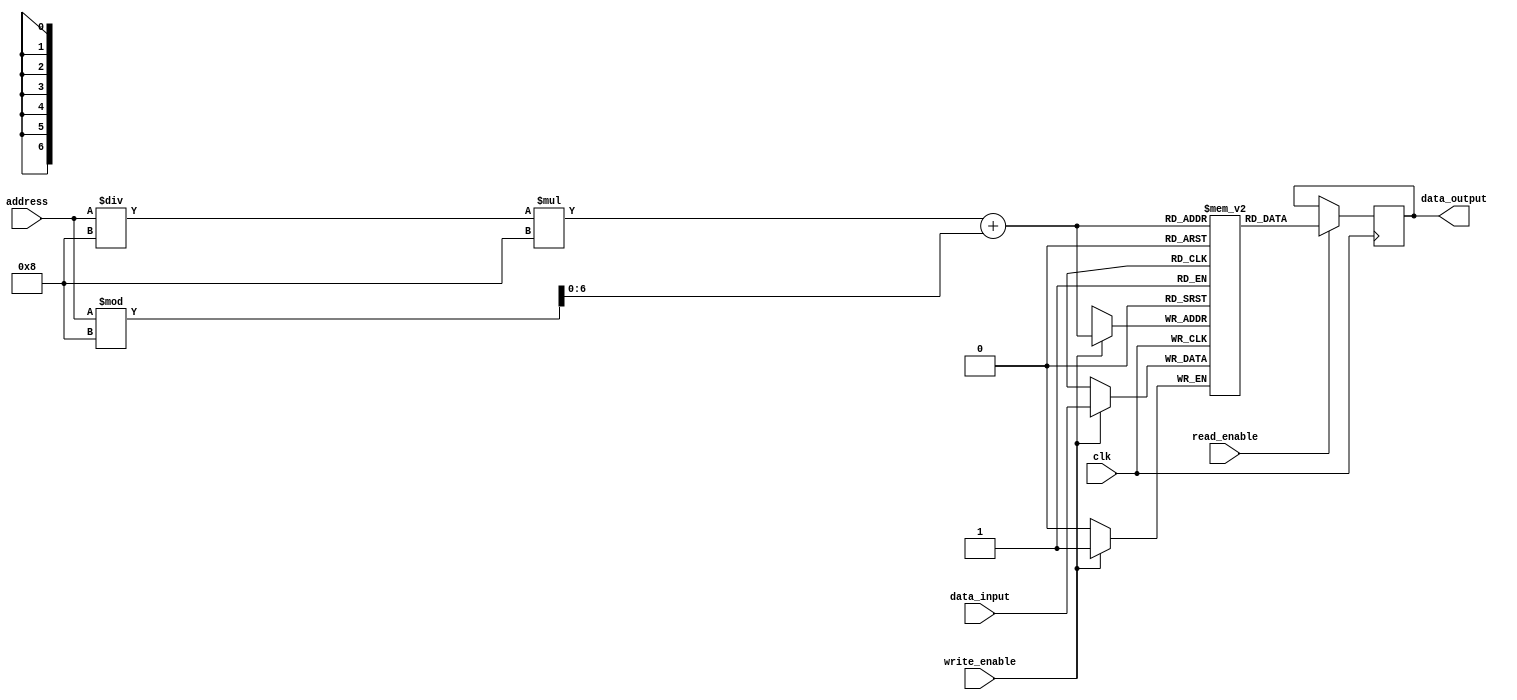
module sram (
    input wire clk,
    input wire read_enable,
    input wire write_enable,
    input wire [n_address_bits-1:0] address,
    input wire [n_data_bits-1:0] data_input,
    output wire [n_data_bits-1:0] data_output
);

// Define parameters
parameter n_rows = 16;
parameter n_columns = 8;
parameter n_address_bits = $clog2(n_rows*n_columns);
parameter n_data_bits = 1;

// Define internal signals
reg [n_data_bits-1:0] memory_array [0:n_rows-1][0:n_columns-1];
reg [n_data_bits-1:0] read_data;

// Address decoder
always @ (posedge clk) begin
    if (read_enable) begin
        read_data <= memory_array[address / n_columns][address % n_columns];
    end
    if (write_enable) begin
        memory_array[address / n_columns][address % n_columns] <= data_input;
    end
end

assign data_output = read_data;

endmodule